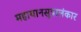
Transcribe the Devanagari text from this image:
महायानसूत्रालंकार